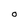
Character: O